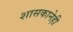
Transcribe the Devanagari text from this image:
शासकानेही